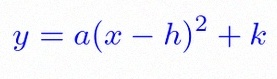
y=a(x-h)^2+k